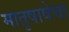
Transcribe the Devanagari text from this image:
मातृषाषेचा